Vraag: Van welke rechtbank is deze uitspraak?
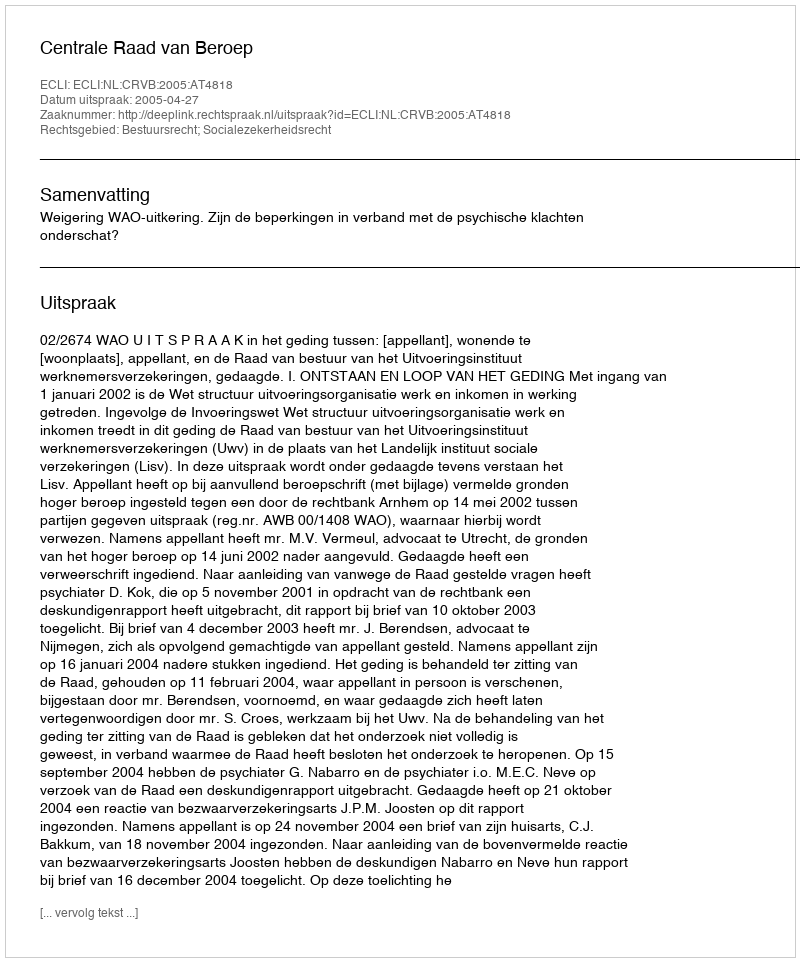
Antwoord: Centrale Raad van Beroep